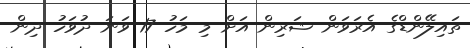
ތައިލޭންޑްގެ އެރަވަން ޝަރިން އަށް މި މަހު 17 ވަނަ ދުވަހު ދިން